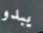
يبدو